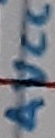
Text: AVCC